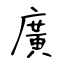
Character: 廣